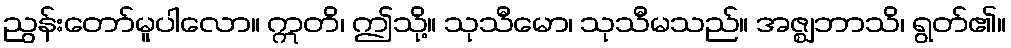
ညွန်းတော်မူပါလော။ ဣတိ၊ ဤသို့။ သုသီမော၊ သုသီမသည်။ အဇ္ဈဘာသိ၊ ရွတ်၏။